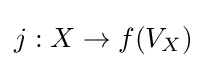
j:X\to f(V_{X})